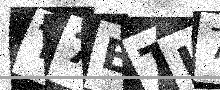
Text: T7ETI7